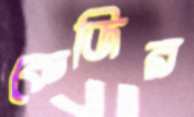
কেজির